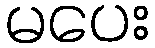
မပေး